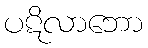
ပဋိလာဘော